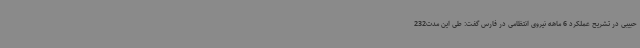
حبیبی در تشریح عملکرد 6 ماهه نیروی انتظامی در فارس گفت: طی این مدت232